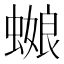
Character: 𰳕